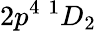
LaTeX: {2p^{4}~^{1}D_{2}}